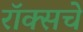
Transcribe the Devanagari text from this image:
रॉक्सचे